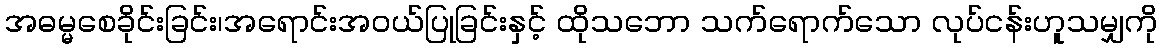
အဓမ္မစေခိုင်းခြင်း၊အရောင်းအဝယ်ပြုခြင်းနှင့် ထိုသဘော သက်ရောက်သော လုပ်ငန်းဟူသမျှကို